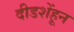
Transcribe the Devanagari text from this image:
दीडशेंहून